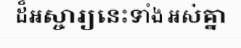
ដ៏អស្ចារ្យនេះទាំង អស់គ្នា